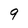
Character: 9